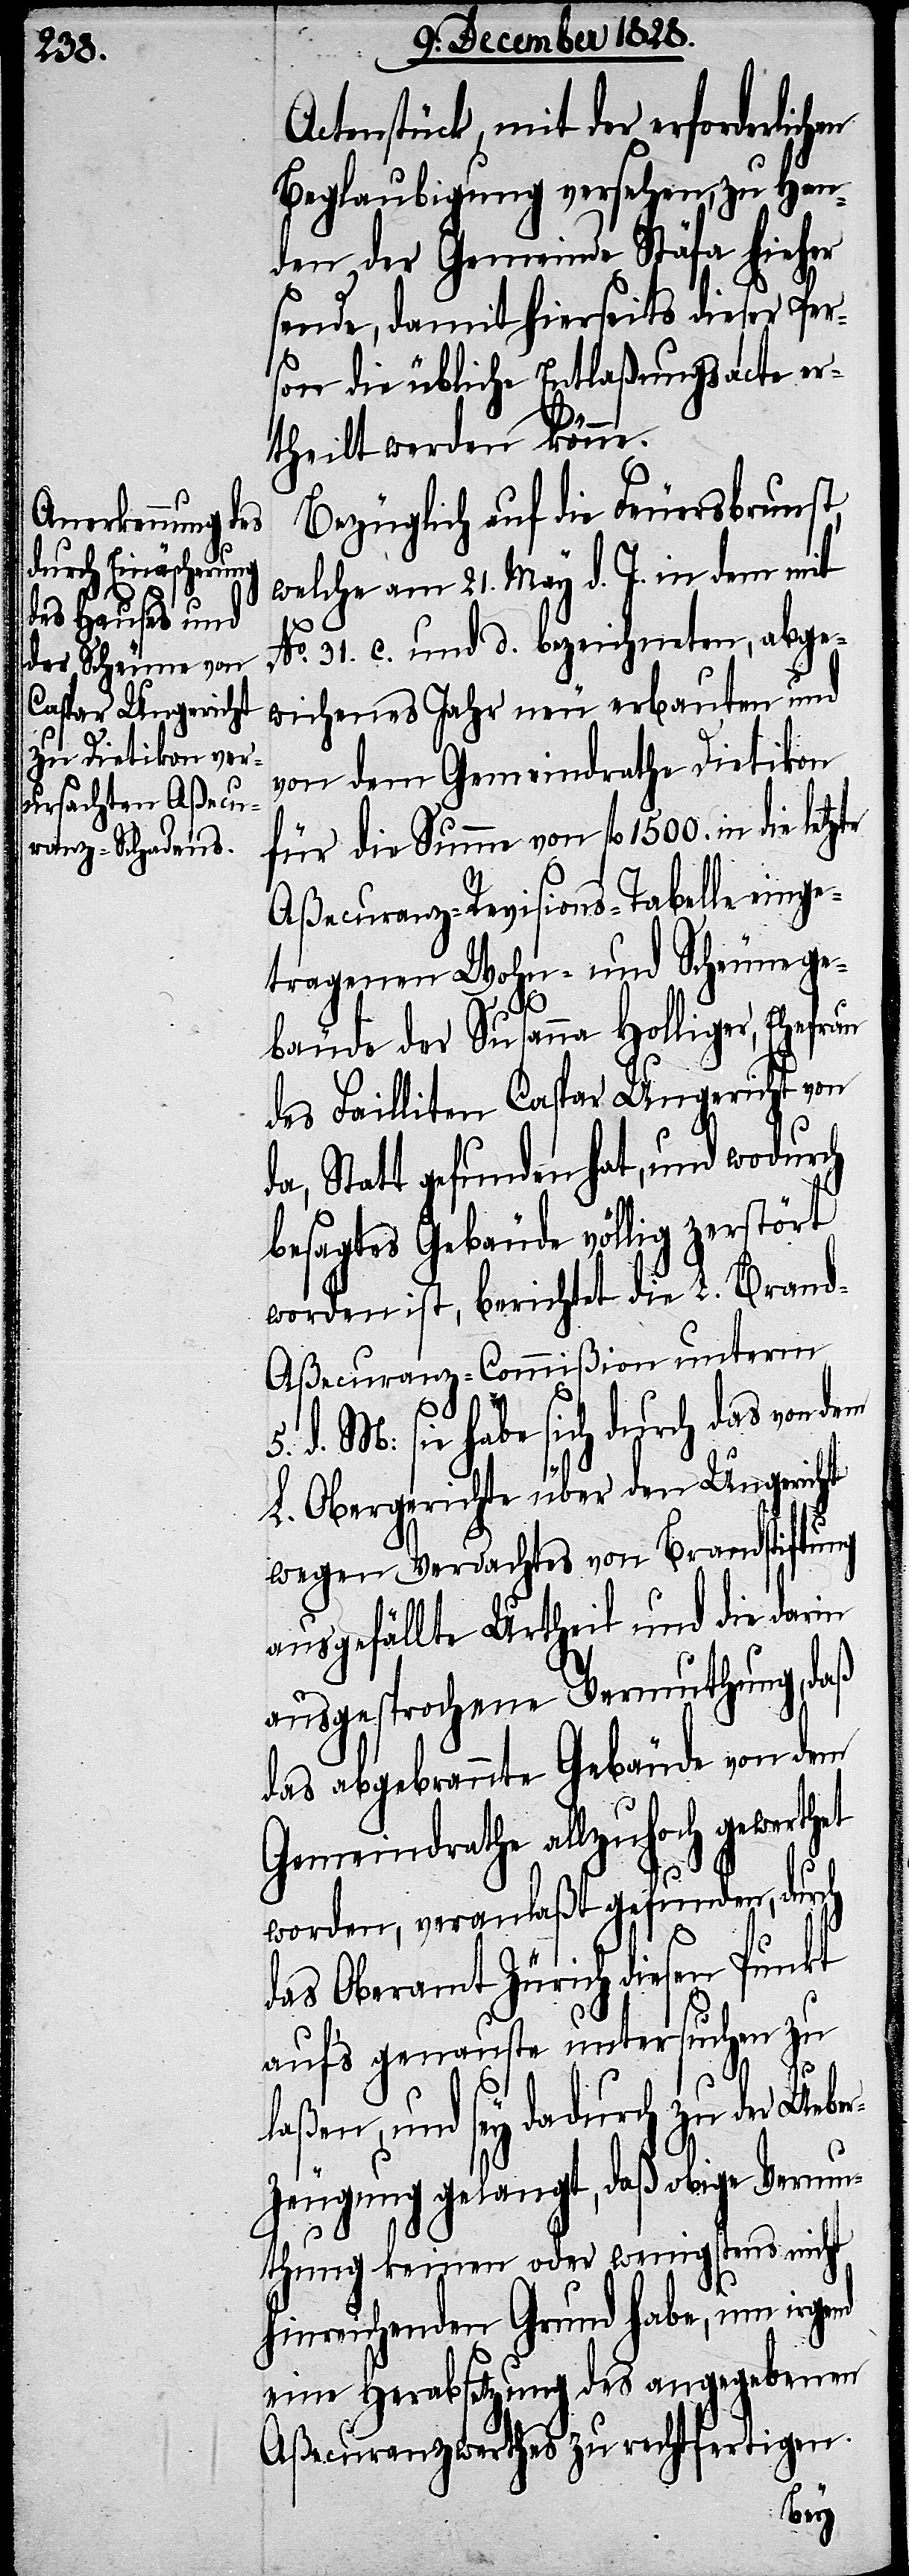
Actenstück, mit der erforderlichen
Beglaubigung versehen, zu Han¬
den der Gemeinde Stäfa hieher
sende, damit hierseits dieser Per¬
son die übliche Entlaßungsacte er¬
et
theilt werden könne.
Bezüglich auf die Feuersbrunst,
welche am 21. May. d. J. in dem mit
No. 31. c. und d. bezeichneten, abge¬
wichenes Jahr neu erbauten und
von dem Gemeindrathe Dietikon
für die Summe von fl. 1500. in die
Aßecuranz-Revisions-Tabelle einge¬
tragenen Wohn- und Scheunege¬
bäude der Susanna Holliger, Ehefrau
des Failliten Caspar Ungericht von
da, Statt gefunden hat, und wodurch
besagtes Gebäude völlig zerstört
worden ist, berichtet die L. Bran¬
d-Aßecuranz-Commißion unterm
5. d. M: sie habe sich durch das von dem
L. Obergerichte über den Ungericht
wegen Verdachtes von Brandstiftung
ausgefällte Urtheil und die darin
ausgesprochene Vermuthung, daß
das abgebrannte Gebäude von dem
Gemeindrathe allzuhoch gewerth¬
worden, veranlaßt gefunden, durch
das Oberamt Zürich diesen Punkt
auf’s genauste untersuchen zu
laßen, und sey dadurch zu der Uebe¬
rzeugung gelangt, daß obige Vermu¬
thung keinen oder wenigstens nicht
hinreichenden Grund habe, um irgend
eine Herabsetzung des angegebenen
Aßecuranzswerthes zu rechtfertigen.